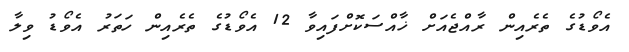
އެވޯޑުގެ ތެރެއިން ރާއްޖެއަށް ޚާއްސަކޮށްފައިވާ 12 އެވޯޑުގެ ތެރެއިން ހަތަރު އެވޯޑު ވިލާ